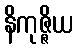
နိကုဇ္ဇိယ